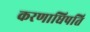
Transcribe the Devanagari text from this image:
करणाधिपति